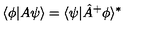
\langle \phi | A \psi \rangle = \langle \psi | \hat { A } ^ { + } \phi \rangle ^ { * }